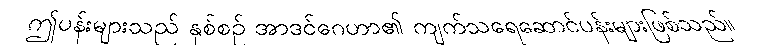
ဤပန်းများသည် နှစ်စဉ် အာဒင်ဂေဟာ၏ ကျက်သရေဆောင်ပန်းများဖြစ်သည်။